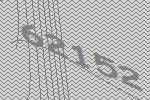
62152